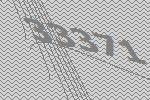
33371